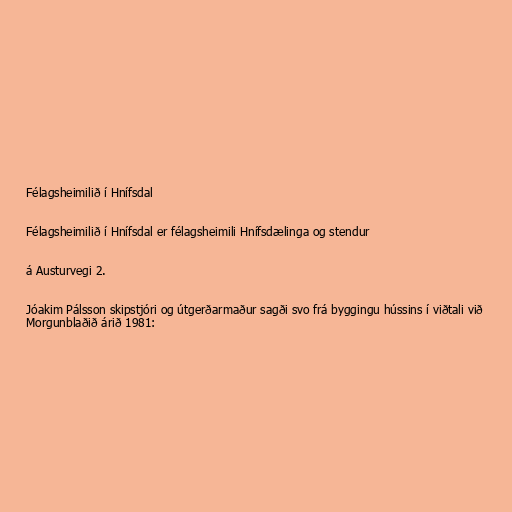
Félagsheimilið í Hnífsdal

Félagsheimilið í Hnífsdal er félagsheimili Hnífsdælinga og stendur

á Austurvegi 2.

Jóakim Pálsson skipstjóri og útgerðarmaður sagði svo frá byggingu hússins í viðtali við
Morgunblaðið árið 1981: